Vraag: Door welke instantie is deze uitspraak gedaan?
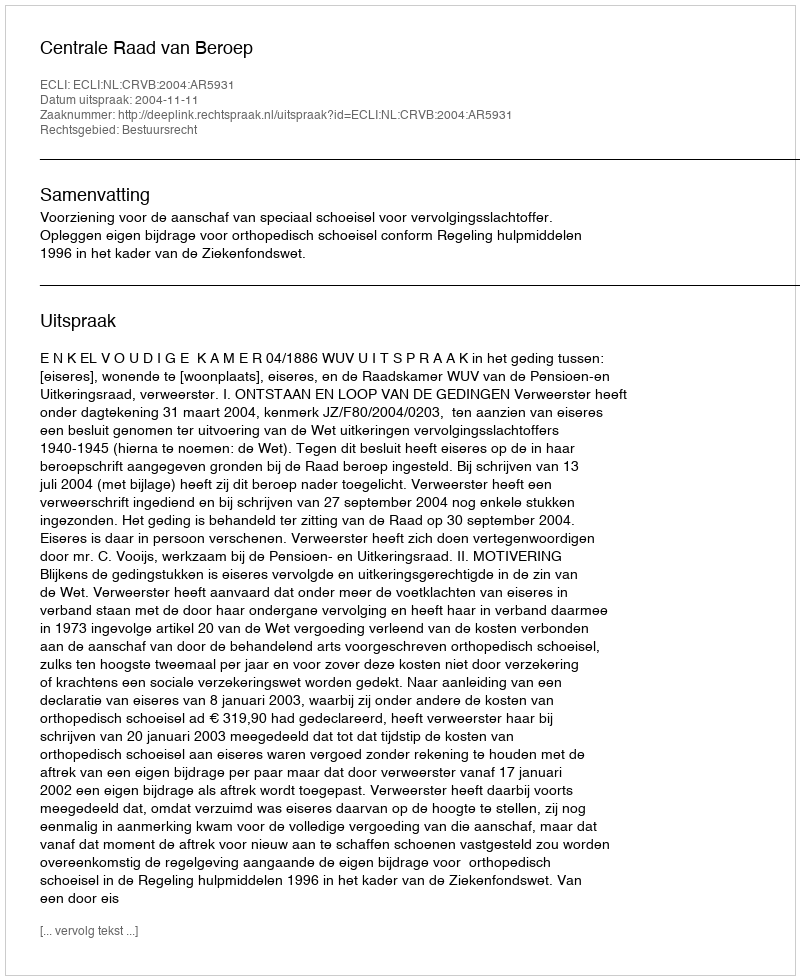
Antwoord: Centrale Raad van Beroep